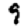
Digit: 9